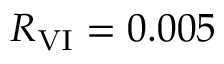
R _ { \mathrm { V I } } = 0 . 0 0 5